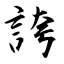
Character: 誇